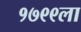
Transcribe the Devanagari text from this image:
१७९९ला